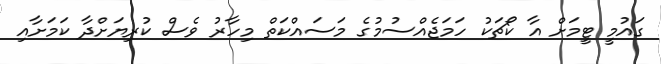
ގައުމީ ޓީމަށް އާ ކޯޗަކު ހަމަޖެއްސުމުގެ މަސައްކަތް މިހާރު ވެސް ކުރިޔަށްދާ ކަމަށާއި